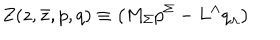
Z ( z , \bar { z } , { p } , { q } ) \equiv \left( M _ { \Sigma } { p } ^ { \Sigma } - L ^ { \Lambda } { q } _ { \Lambda } \right)